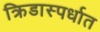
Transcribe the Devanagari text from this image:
क्रिडास्पर्धात